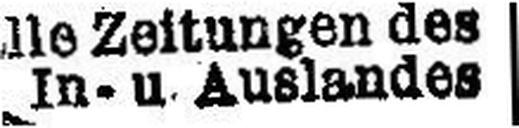
In- u. Auslandes